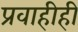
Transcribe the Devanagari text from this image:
प्रवाहीही